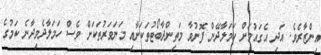
އިންޒާރެވެ. އަދި އެގައުމަށް ހަމަލާދޭން ފޮނުވާ މަތިންދާބޯޓުތަކަށާއި މަނަވަރުތަކަށް ވެސް ހަމަލާދެވިދާނެ ކަމުގެ